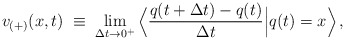
\begin{align*}v_{(+)}(x,t) \; \equiv \; \lim_{\Delta t \rightarrow 0^{+}}\Big\langle \frac{q(t + \Delta t) - q(t)}{\Delta t}\Big| q(t) = x \Big\rangle \, ,\end{align*}